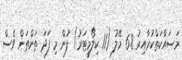
މަސައްކަތްކުރާއިރު 6.8 މޭލު (11 ކިލޯމީޓަރު) ފުން މި ފަދަ ތަންތަން ވެސް